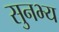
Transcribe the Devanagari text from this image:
सुनभ्य